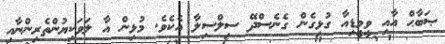
ޞަބާޙް އާއި ވީމީޑިއާ ގުޅިގެން ގެނެސްދޭ ސިލްސިލާ އެކެވެ. މުޅިން އާ ލަވަކިޔުންތެރިންނާއި